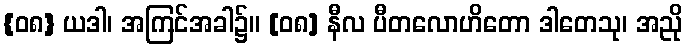
{၀၈} ယဒါ၊ အကြင်အခါ၌။ [၀၈] နီလ ပီတလောဟိတော ဒါတေသု၊ အညို